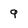
Character: 9